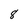
Character: 8